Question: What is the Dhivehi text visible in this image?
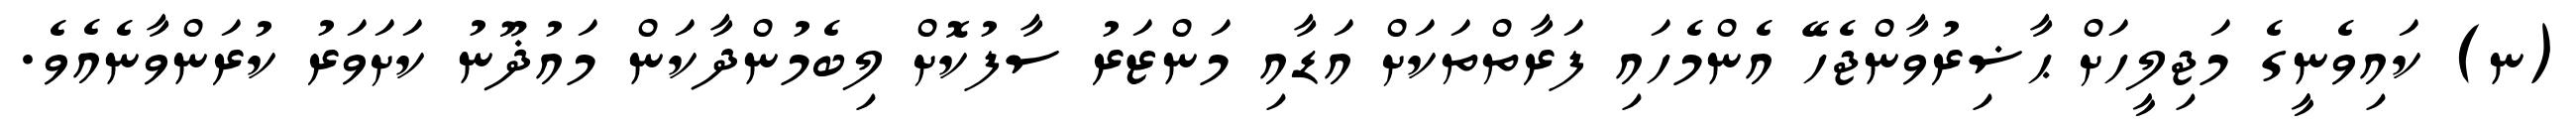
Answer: (ނ) ކައިވެނީގެ މަޖިލީހަށް ޙާޟިރުވާންޖެހޭ އެންމެހައި ފަރާތްތަކަށް އަޑާއި މަންޒަރު ސާފުކޮށް ލިބެމުންދާކަން މައުޛޫނު ކަށަވަރު ކުރަންވާނެއެވެ.